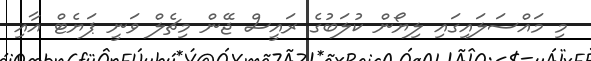
މި މައްސަލައިގައި ލިޔޯން ކުލަބުގެ ރައީސް ޖޭން މިޗެލް ވަނީ ޕަޔެޓް އާއި